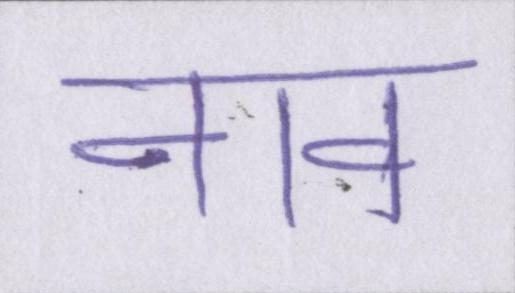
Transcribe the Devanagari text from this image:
नाव